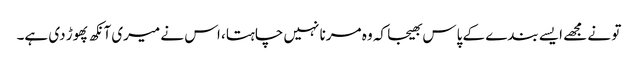
تو نے مجھے ایسے بندے کے پاس بھیجا کہ وہ مرنا نہیں چاہتا، اس نے میری آنکھ پھوڑ دی ہے۔